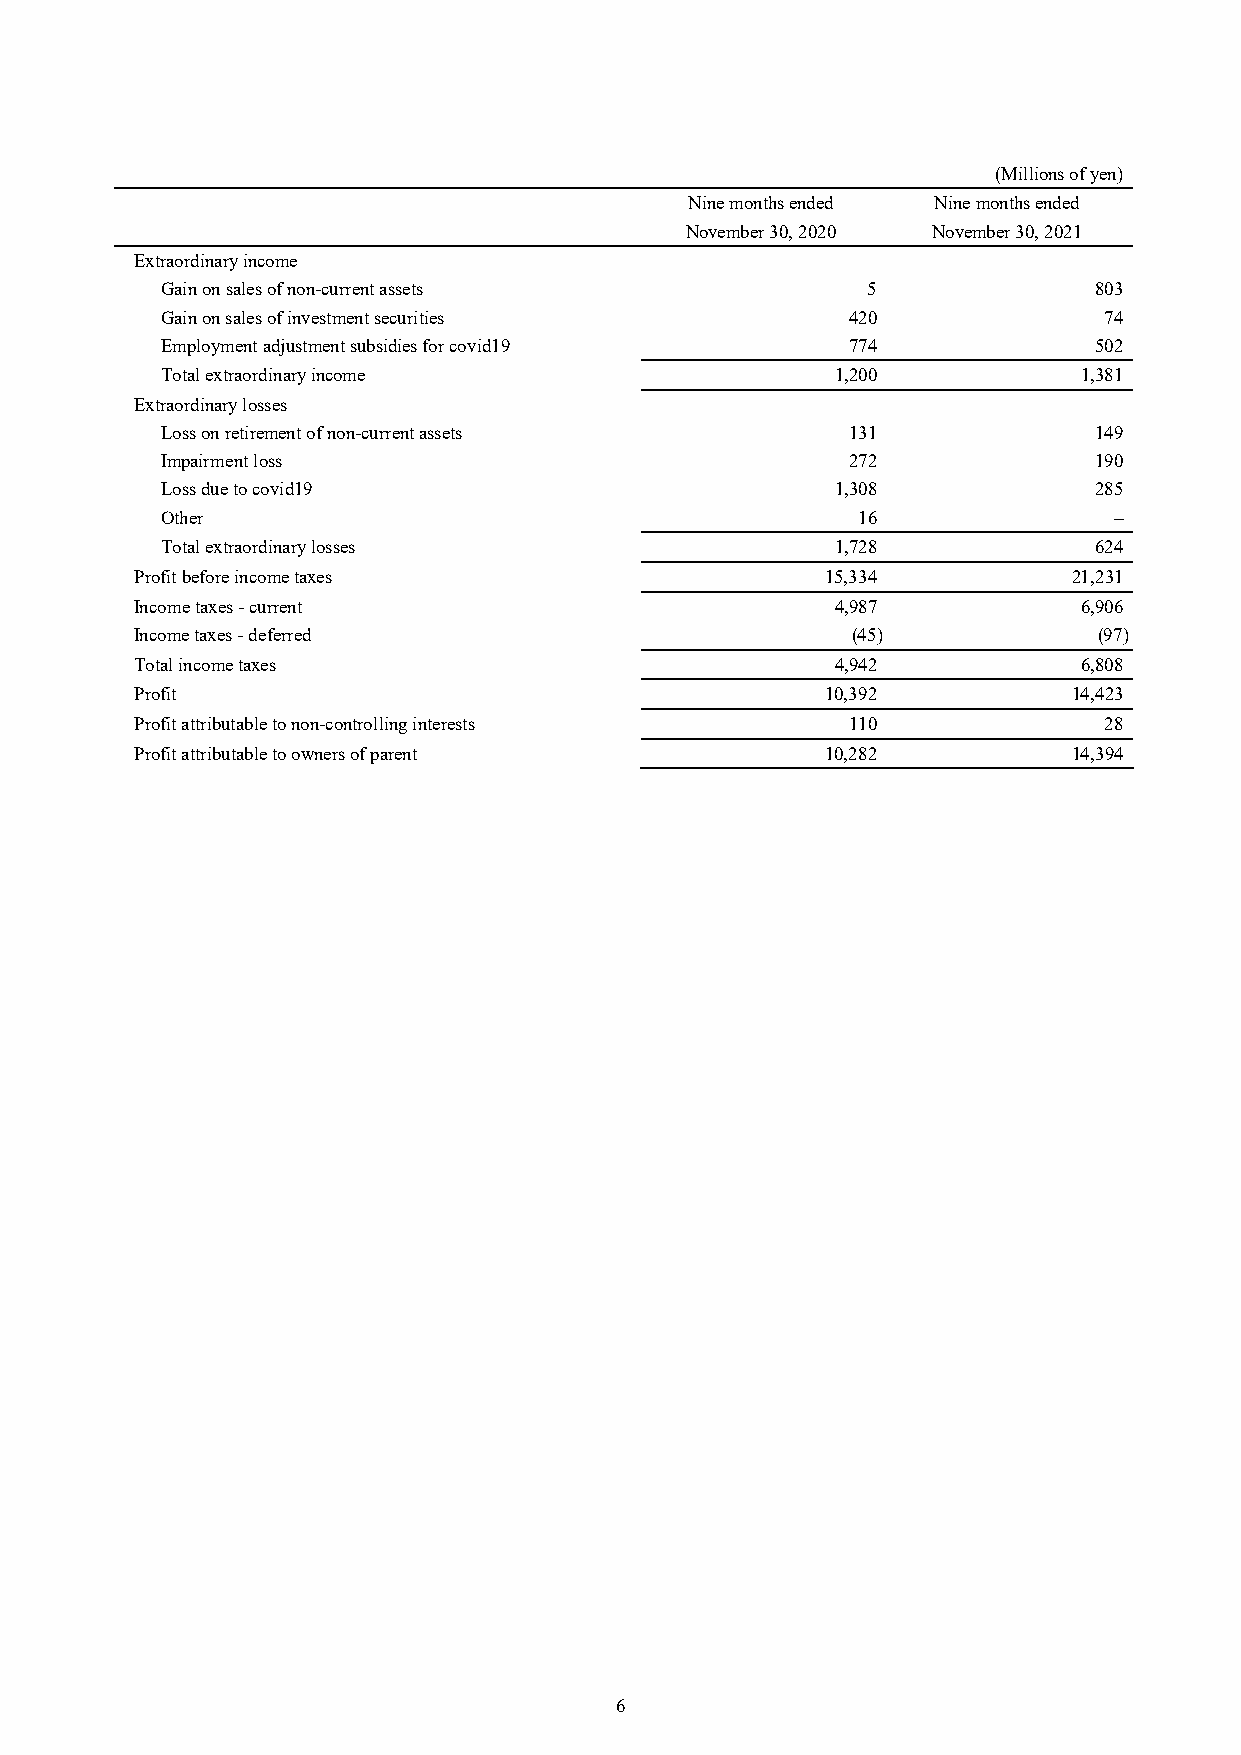
(Millions of yen)
 Nine months ended Nine months ended
 November 30, 2020 November 30, 2021
 Extraordinary income
 Gain on sales of non-current assets           5              803
 Gain on sales of investment securities       420              74
 Employment adjustment subsidies for covid19  774             502
 Total extraordinary income                  1,200            1,381
 Extraordinary losses
 Loss on retirement of non-current assets     131             149
 Impairment loss                              272             190
 Loss due to covid19                         1,308            285
 Other                                         16               –
 Total extraordinary losses                  1,728            624
 Profit before income taxes                    15,334          21,231
 Income taxes - current                        4,987            6,906
 Income taxes - deferred                        (45)             (97)
 Total income taxes                            4,942            6,808
 Profit                                        10,392          14,423
 Profit attributable to non-controlling interests 110            28
 Profit attributable to owners of parent       10,282          14,394
 6